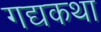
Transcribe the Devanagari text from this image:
गद्यकथा